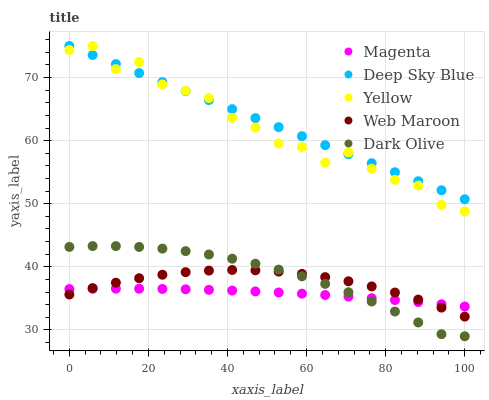
| xaxis_label | Magenta | Deep Sky Blue | Yellow | Web Maroon | Dark Olive |
 | --- | --- | --- | --- | --- | --- |
 | 0 | 36.5 | 75 | 74.4 | 35.6 | 43.2 |
 | 5.88 | 36.5 | 73.6 | 75 | 36.6 | 43.3 |
 | 11.8 | 36.5 | 72.1 | 71.3 | 37.5 | 43.3 |
 | 17.6 | 36.5 | 70.7 | 72.5 | 38.2 | 43.2 |
 | 23.5 | 36.5 | 69.3 | 68.9 | 38.8 | 42.9 |
 | 29.4 | 36.4 | 67.9 | 67.9 | 39.2 | 42.5 |
 | 35.3 | 36.4 | 66.4 | 66.8 | 39.4 | 42 |
 | 41.2 | 36.2 | 65 | 63.6 | 39.5 | 41.3 |
 | 47.1 | 36.1 | 63.6 | 62.1 | 39.5 | 40.5 |
 | 52.9 | 35.9 | 62.1 | 59.6 | 39.2 | 39.6 |
 | 58.8 | 35.8 | 60.7 | 59 | 38.9 | 38.5 |
 | 64.7 | 35.5 | 59.3 | 56.5 | 38.4 | 37.3 |
 | 70.6 | 35.3 | 57.9 | 58.1 | 37.7 | 36 |
 | 76.5 | 35 | 56.4 | 55.5 | 36.9 | 34.5 |
 | 82.4 | 34.7 | 55 | 53.8 | 35.9 | 32.9 |
 | 88.2 | 34.4 | 53.6 | 52.9 | 34.8 | 31.2 |
 | 94.1 | 34.1 | 52.1 | 49.8 | 33.5 | 29.3 |
 | 100 | 33.7 | 50.7 | 48.8 | 32.1 | 29 |